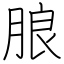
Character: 朖